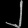
Digit: ၂